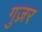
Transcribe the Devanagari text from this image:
गुज़़र